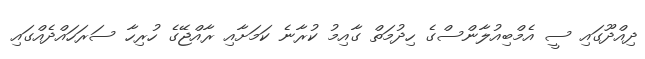
ދިއްދޫގައި ސީ އެމްބިއުލާންސްގެ ހިދުމަތް ގާއިމު ކުރާނެ ކަމަށާއި ރާއްޖޭގެ ހުރިހާ ސަރަހައްދެއްގައި